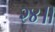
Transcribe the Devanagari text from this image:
२४॥